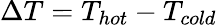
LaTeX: \Delta T=T_{hot}-T_{cold}